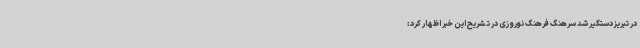
در تبریز دستگیر شد سرهنگ فرهنگ نوروزی در تشریح این خبر اظهار کرد: